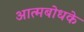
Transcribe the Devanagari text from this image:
आत्मबोधके